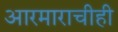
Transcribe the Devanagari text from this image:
आरमाराचीही